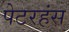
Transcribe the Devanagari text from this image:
पेटरहंस